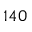
1 4 0